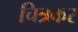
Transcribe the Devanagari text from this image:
चित्रकर